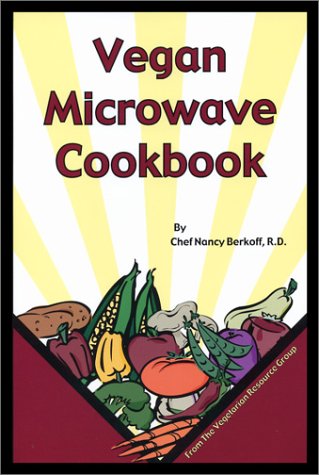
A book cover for Vegan Microwave Cookbook; Nancy Berkoff; Cookbooks, Food & Wine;